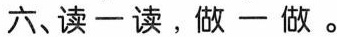
六、读-读，做-做。